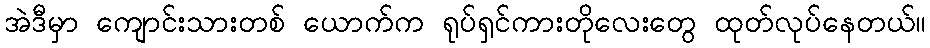
အဲဒီမှာ ကျောင်းသားတစ် ယောက်က ရုပ်ရှင်ကားတိုလေးတွေ ထုတ်လုပ်နေတယ်။